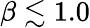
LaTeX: \beta\lesssim 1.0